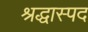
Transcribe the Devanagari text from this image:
श्रद्धास्पद